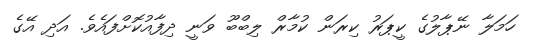
ހަމަލާ ނޭޕާލުގެ ކީޕަރު ކިރަން ކުމާރް ލިބްބޫ ވަނީ ދިފާއުކޮށްފައެވެ. އަދި އޭގެ